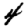
Digit: 4